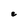
Character: e